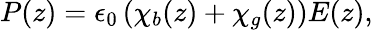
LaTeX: \begin{array}{r}{{P}(z)=\epsilon_{0}\left(\chi_{b}(z)+\chi_{g}(z)\right)E(z),}\end{array}